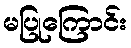
မပြုကြောင်း